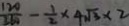
\frac { 1 2 0 } { 3 6 0 } - \frac { 1 } { 2 } \times 4 \sqrt { 3 } \times 2